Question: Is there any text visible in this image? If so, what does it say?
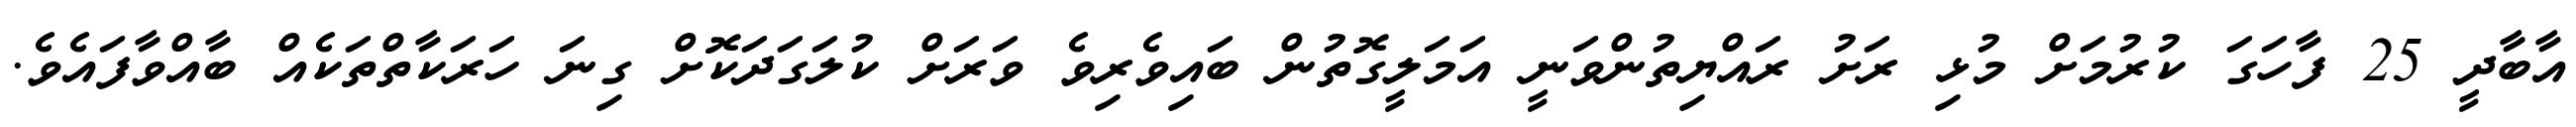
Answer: އާބާދީ 25 ފާހަގަ ކުރުމަށް މުޅި ރަށު ރައްޔިތުންވަނީ އަމަލީގޮތުން ބައިވެރިވެ ވަރަށް ކުލަގަދަކޮށް ގިނަ ހަރަކާތްތަކެއް ބާއްވާފައެވެ.